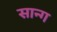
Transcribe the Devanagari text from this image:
सान्ग